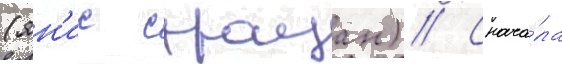
(ян'ис страуан) // Снача́ла